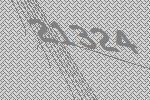
21324